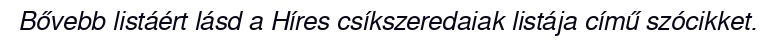
Bővebb listáért lásd a Híres csíkszeredaiak listája című szócikket.